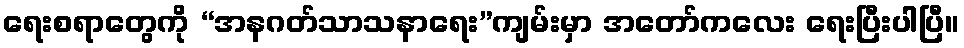
ရေးစရာတွေကို “အနဂတ်သာသနာရေး”ကျမ်းမှာ အတော်ကလေး ရေးပြီးပါပြီ။